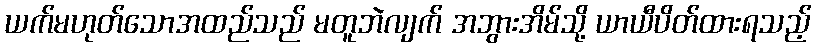
ယက်မဟုတ်သောအထည်သည် မတူဘဲလျက် အဘွားအိမ်သို့ ယာယီပိတ်ထားရသည့်